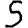
Digit: 5